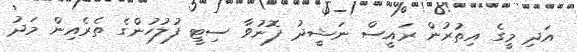
އަދި މީގެ އިތުރުން ރައީސް ނަޝީދު ފޮނުވާ ސިޓީ ފުލުހުންގެ ތެރެއިން މަދު